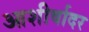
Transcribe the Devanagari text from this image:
आशीर्वादर